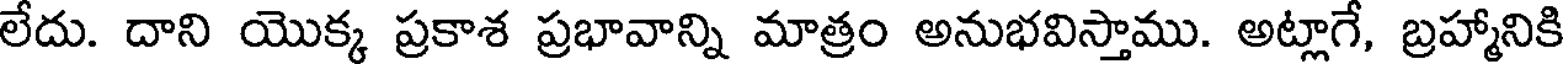
లేదు. దాని యొక్క ప్రకాశ ప్రభావాన్ని మాత్రం అనుభవిస్తాము. అట్లాగే, బ్రహ్మానికి